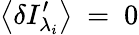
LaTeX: \left\langle\delta{{I}_{{\lambda_{i}}}^{\prime}}\right\rangle\mathrm{~=~}0